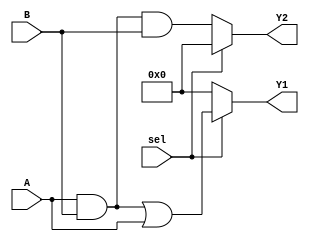
module comb_logic_block (
    input wire [3:0] A,       // 4-bit input A
    input wire [3:0] B,       // 4-bit input B
    input wire sel,           // Control signal for multiplexing
    output wire [3:0] Y1,     // Output 1
    output wire [3:0] Y2      // Output 2
);

    // Internal signals for shared logic
    wire [3:0] shared_logic;
    wire [3:0] temp_Y1, temp_Y2;

    // Common logic sharing: Example of shared logic (A & B)
    assign shared_logic = A & B; // Shared logic expression

    // Define output functions leveraging shared logic
    assign temp_Y1 = shared_logic | A;   // Example output Y1
    assign temp_Y2 = shared_logic & B;    // Example output Y2

    // Multiplexing based on control signal
    assign Y1 = (sel) ? temp_Y1 : 4'b0000; // Output based on select signal
    assign Y2 = (sel) ? 4'b0000 : temp_Y2; // Output based on select signal

endmodule